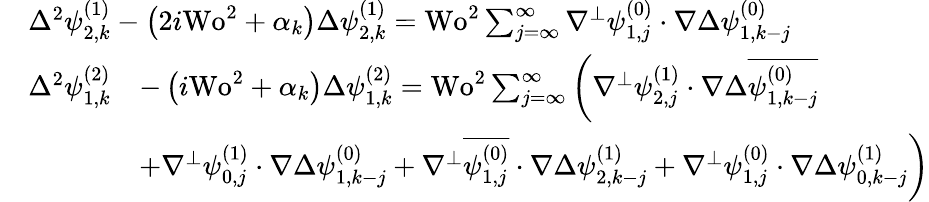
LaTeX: \begin{array}{rl}&{\begin{array}{r}{\Delta^{2}\psi_{2,k}^{(1)}-\left(2i\textrm{Wo}^{2}+\alpha_{k}\right)\Delta\psi_{2,k}^{(1)}=\textrm{Wo}^{2}\sum_{j=\infty}^{\infty}\nabla^{\perp}\psi_{1,j}^{(0)}\cdot\nabla\Delta\psi_{1,k-j}^{(0)}}\end{array}}\\ &{\begin{array}{rl}{\Delta^{2}\psi_{1,k}^{(2)}}&{-\left(i\textrm{Wo}^{2}+\alpha_{k}\right)\Delta\psi_{1,k}^{(2)}=\textrm{Wo}^{2}\sum_{j=\infty}^{\infty}\left(\nabla^{\perp}\psi_{2,j}^{(1)}\cdot\nabla\Delta\overline{{\psi_{1,k-j}^{(0)}}}\right.}\\ &{\left.+\nabla^{\perp}\psi_{0,j}^{(1)}\cdot\nabla\Delta\psi_{1,k-j}^{(0)}+\nabla^{\perp}\overline{{\psi_{1,j}^{(0)}}}\cdot\nabla\Delta\psi_{2,k-j}^{(1)}+\nabla^{\perp}\psi_{1,j}^{(0)}\cdot\nabla\Delta\psi_{0,k-j}^{(1)}\right)}\end{array}}\end{array}